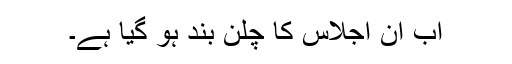
اب ان اجلاس کا چلن بند ہو گیا ہے۔